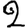
Digit: 2